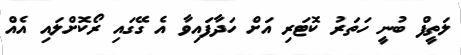
ލަތީފް ބުނީ ހަތަރު ކޮޓަރި އަށް ހަދާފައިވާ އެ ގޭގައި ރޯކޮށްލައި އެއް